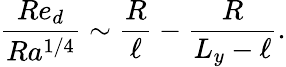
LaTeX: \frac{Re_{d}}{Ra^{1/4}}\sim\frac{R}{\ell}-\frac{R}{L_{y}-\ell}.